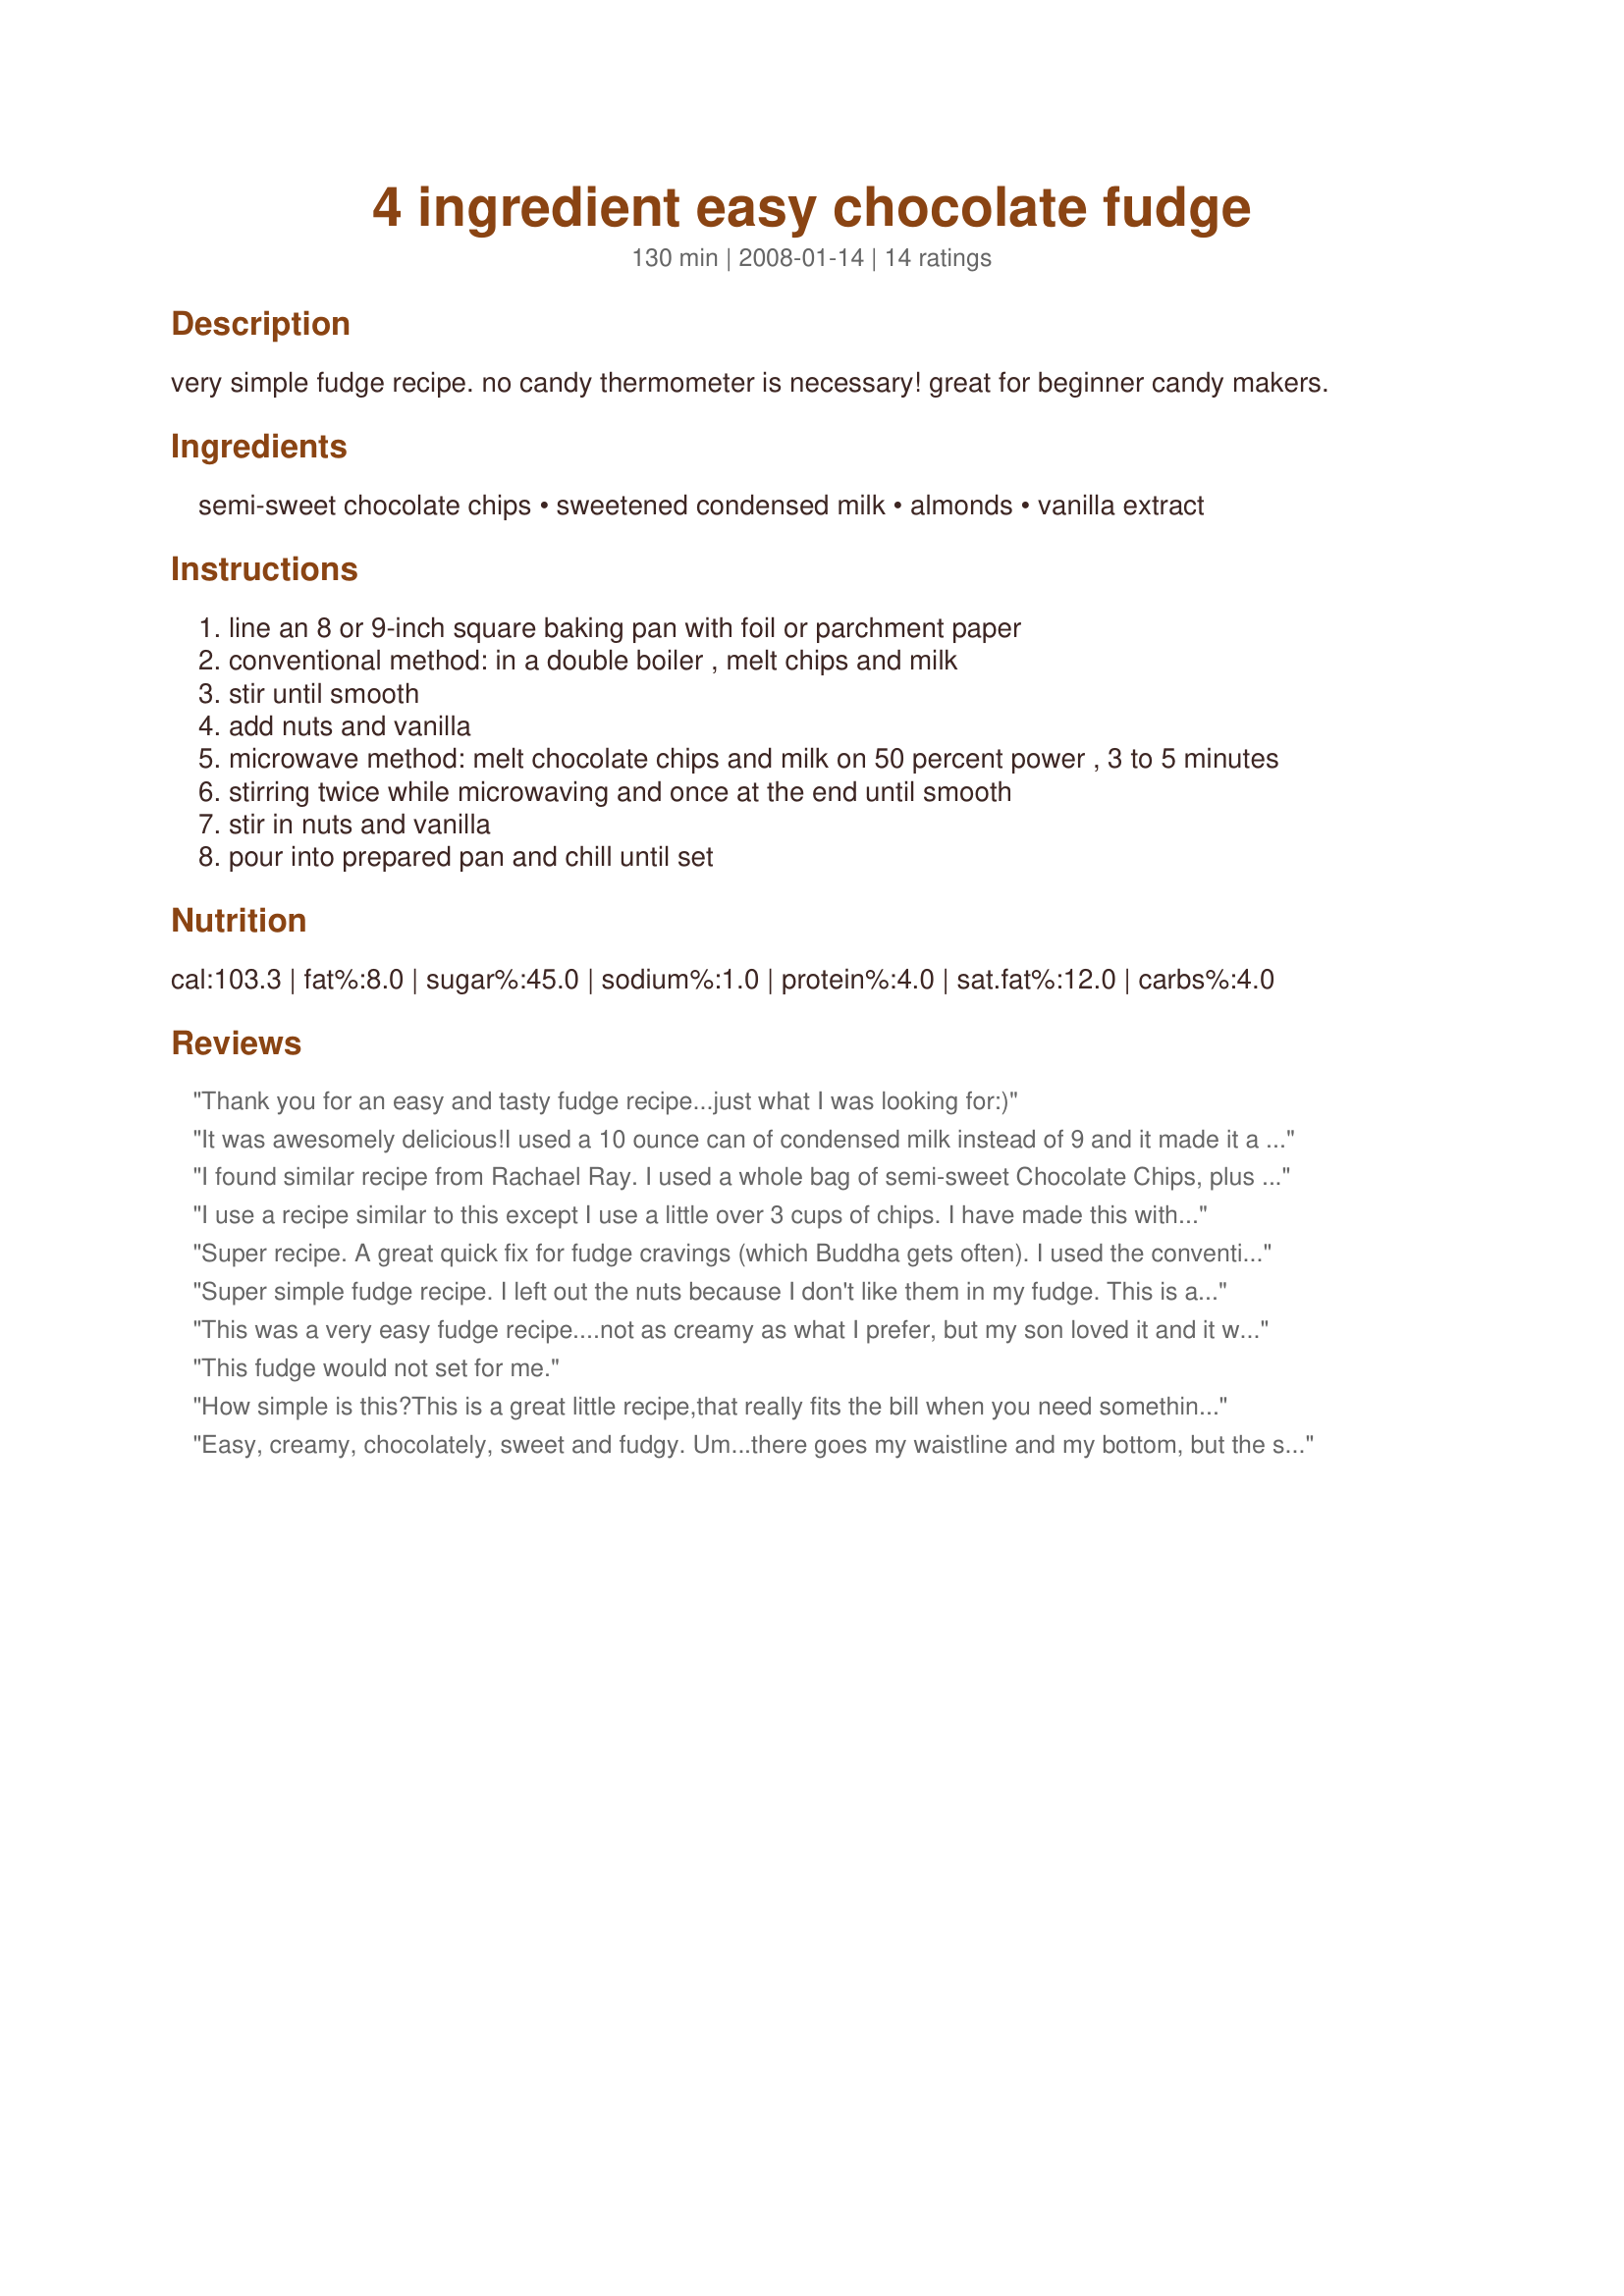
4 ingredient easy chocolate fudge
Preparation time: 130 minutes

very simple fudge recipe. no candy thermometer is necessary! great for beginner candy makers.

Ingredients:
semi-sweet chocolate chips, sweetened condensed milk, almonds, vanilla extract

Steps:
line an 8 or 9-inch square baking pan with foil or parchment paper
conventional method: in a double boiler , melt chips and milk
stir until smooth
add nuts and vanilla
microwave method: melt chocolate chips and milk on 50 percent power , 3 to 5 minutes
stirring twice while microwaving and once at the end until smooth
stir in nuts and vanilla
pour into prepared pan and chill until set

Reviews:
Thank you for an easy and tasty fudge recipe...just what I was looking for:)
It was awesomely delicious!<br/>I used a 10 ounce can of condensed milk instead of 9 and it made it a touch creamier.
I found similar recipe from Rachael Ray. I used a whole bag of semi-sweet Chocolate Chips, plus an extra handful, then about 1/3 a bag of butterscotch morsels and at the end stirred in some Heath baking bits. Really delicious. I don't even want to wait until Christmas tomorrow to dig in. Basically, I think you can improvise with this recipe a lot and it will come out fine. Oh and Rachael suggests making it a wreath by using round cake pan (line with parchment) and wrapping milk can with plastic wrap in the center when pouring fudge in. Looks pretty.
I use a recipe similar to this except I use a little over 3 cups of chips. I have made this with all kinds of chips, adding in peanut butter chips, using milk chocolate chips, adding nuts or coconut.. Even have used toffee chips and mint chocolate chips. So easy and not many ingredients so you can experiment with all kind of things. It is always a huge hit.. Maybe using more chips helps it set better. Oh, my recipe also calls for some vanilla.
Super recipe. A great quick fix for fudge cravings (which Buddha gets often). I used the conventional DB method and left out the nuts. Thanks for a great recipe. :)
Super simple fudge recipe. I left out the nuts because I don't like them in my fudge. This is a sweet and creamy concoction, perfect for a quick chocolate fix or to give away as part of a gift.
This was a very easy fudge recipe....not as creamy as what I prefer, but my son loved it and it was easy and quick! That means we really liked it!
This fudge would not set for me.
How simple is this?This is a great little recipe,that really fits the bill when you need something chocolatey.I used pecans in mine (I seem to have loads of them at the moment!) and it was just great!! 
I made some for my son's nursery bake sale,and was besieged by mothers and nursery teachers for the recipe.We loved it!!
Made for 1-2-3 Hit Wonders.
Easy, creamy, chocolately, sweet and fudgy. Um...there goes my waistline and my bottom, but the smile on my face will compensate. Thank you. It really is unfortunate this recipe is so easy, way too easy not to whip up on a whim. I made this for a X-mas party along with many other sweet-goodies. Needless to say it was the first thing gone. The kids LOVED it. They're requesting it for next week's party.
This recipe rocks the fudge lovers world. I have made many recipes including adding a cup of sugar and marshmallow fluff and all that jazz, but in the end I found it too difficult for a quick treat and time in the kitchen is time away from the family.<br/><br/>I have to say this is one of the best recipes I have tried as of late, and I have over 50 recipes...<br/>I didnt have any nuts, but I did add just a touch more vanilla to add flavor (an extra 1/4 tsp) and it really made me the super-hero of fudge. Thank you so much, this is definitely in my recipe box now :)
This is a good base recipe. I added kosher salt, which really made it pop. Most of my chips were semisweet. As there were not quite enough I added about 15% of the 2 cups 60% cocoa. Then I divided it 5 ways and made almond, coconut, orange/pecan, walnut and peanut variations.
Loved this recipe! Very easy.
Easy to make yes, but not a very good flavor. I followed the recipe exactly and used walnuts. No one in my family was a fan. Sorry:o(
